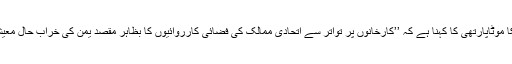
ہیومن رائٹس واچ کی ایک عہدیدار اور رپورٹ کی مصنف پریانکا موٹاپارتھی کا کہنا ہے کہ ’’کارخانوں پر تواتر سے اتحادی ممالک کی فضائی کارروائیوں کا بظاہر مقصد یمن کی خراب حال معیشت کو نقصان پہنچانا ہے تاکہ یہ مستقبل میں بھی ایسی ہی رہے۔